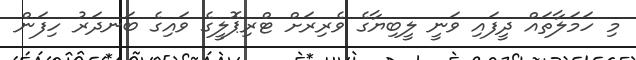
މި ހަމަލާތައް ދީފައި ވަނީ ލީބިޔާގެ ވެރިރަށް ޓްރިޕޮލީގެ ވައިގެ ބަނދަރު ހިފަން